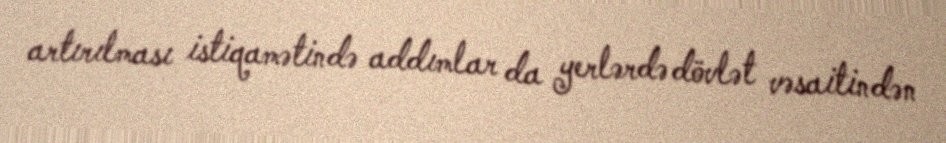
artırılması istiqamətində addımlar da yerlərdə dövlət vəsaitindən